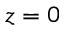
z = 0